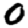
Digit: 0